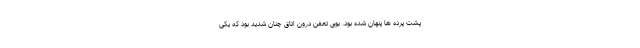
پشت پرده ها پنهان شده بود. بوی تعفن درون اتاق چنان شدید بود که یکی